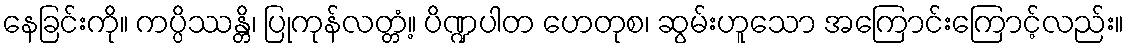
နေခြင်းကို။ ကပ္ပိဿန္တိ၊ ပြုကုန်လတ္တံ့။ ပိဏ္ဍပါတ ဟေတုစ၊ ဆွမ်းဟူသော အကြောင်းကြောင့်လည်း။